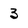
Character: 3